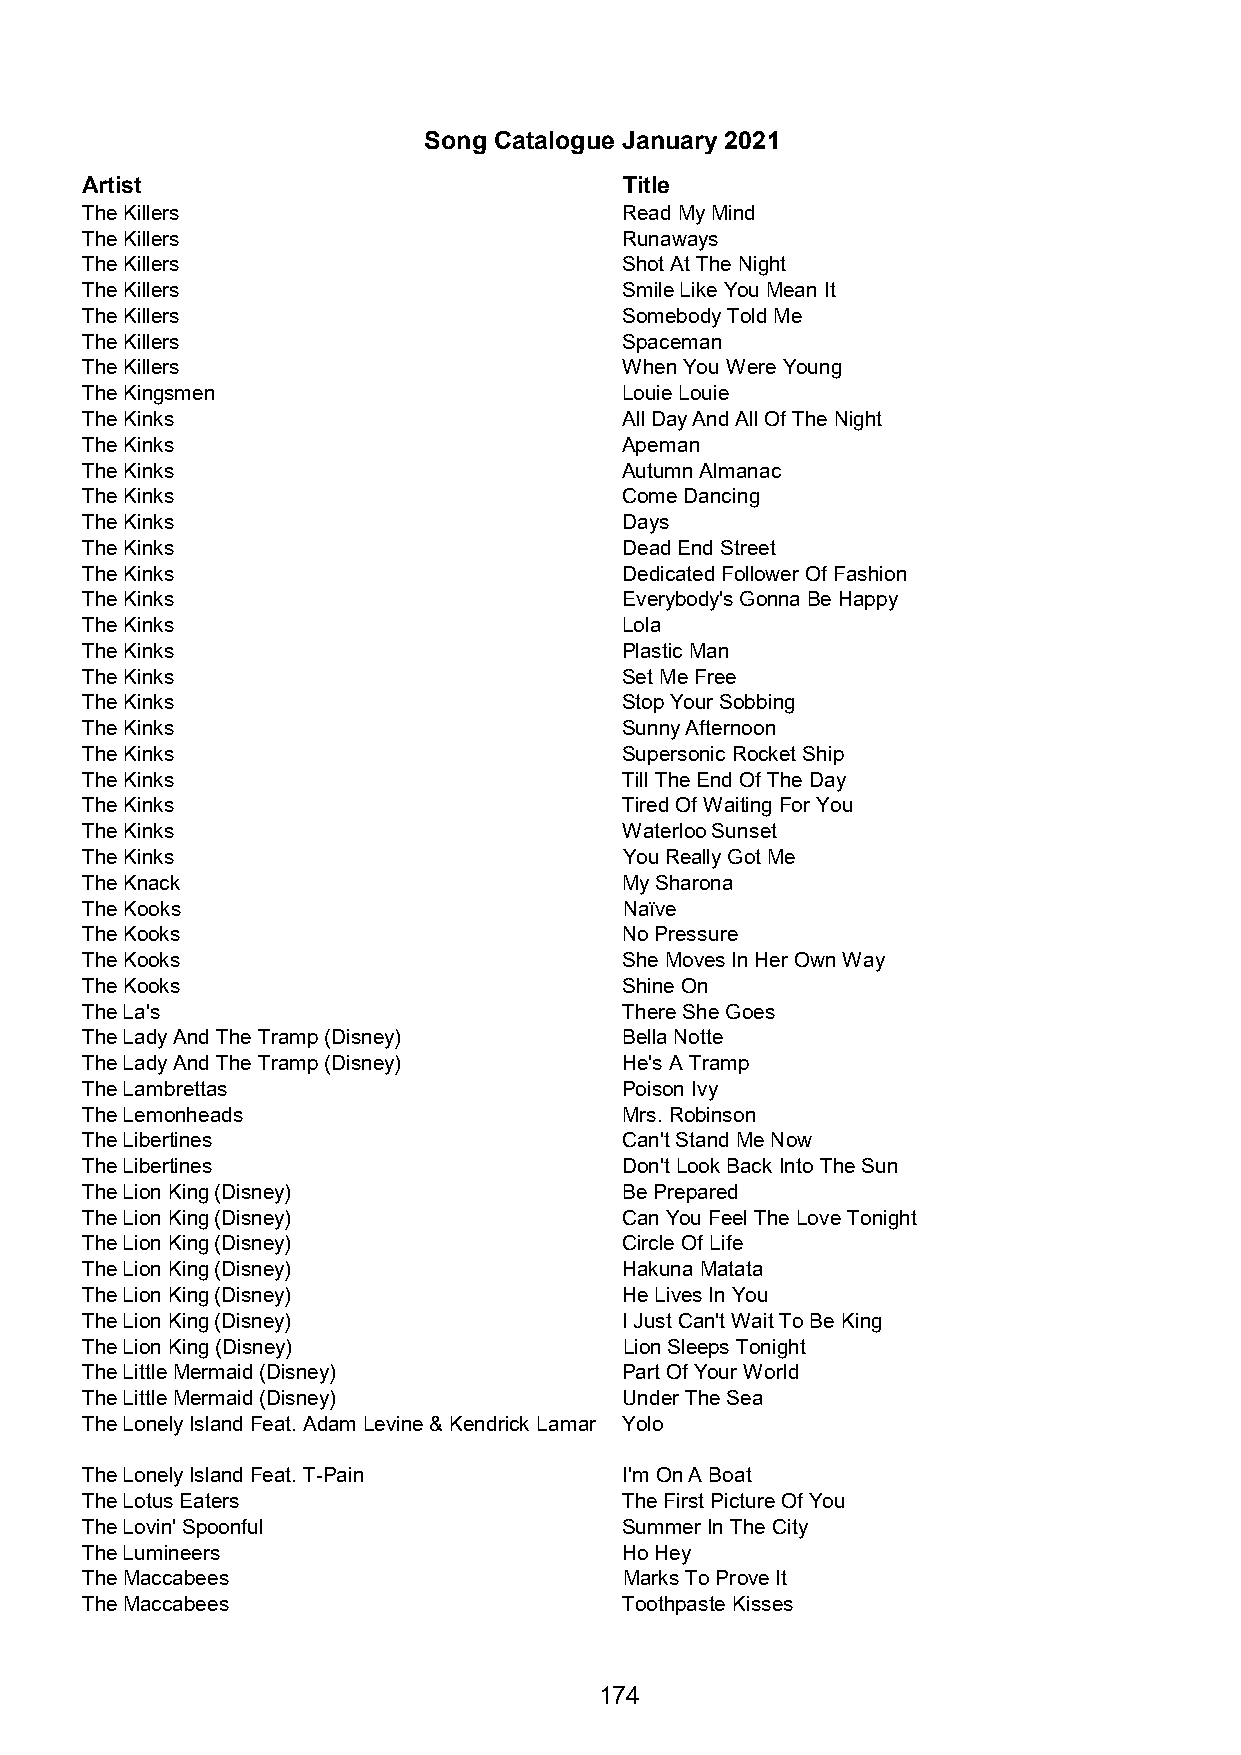
Song Catalogue January 2021
 Artist                              Title
 The Killers                         Read My Mind
 The Killers                         Runaways
 The Killers                         Shot At The Night
 The Killers                         Smile Like You Mean It
 The Killers                         Somebody Told Me
 The Killers                         Spaceman
 The Killers                         When You Were Young
 The Kingsmen                        Louie Louie
 The Kinks                           All Day And All Of The Night
 The Kinks                           Apeman
 The Kinks                           Autumn Almanac
 The Kinks                           Come Dancing
 The Kinks                           Days
 The Kinks                           Dead End Street
 The Kinks                           Dedicated Follower Of Fashion
 The Kinks                           Everybody's Gonna Be Happy
 The Kinks                           Lola
 The Kinks                           Plastic Man
 The Kinks                           Set Me Free
 The Kinks                           Stop Your Sobbing
 The Kinks                           Sunny Afternoon
 The Kinks                           Supersonic Rocket Ship
 The Kinks                           Till The End Of The Day
 The Kinks                           Tired Of Waiting For You
 The Kinks                           Waterloo Sunset
 The Kinks                           You Really Got Me
 The Knack                           My Sharona
 The Kooks                           Naïve
 The Kooks                           No Pressure
 The Kooks                           She Moves In Her Own Way
 The Kooks                           Shine On
 The La's                            There She Goes
 The Lady And The Tramp (Disney)     Bella Notte
 The Lady And The Tramp (Disney)     He's A Tramp
 The Lambrettas                      Poison Ivy
 The Lemonheads                      Mrs. Robinson
 The Libertines                      Can't Stand Me Now
 The Libertines                      Don't Look Back Into The Sun
 The Lion King (Disney)              Be Prepared
 The Lion King (Disney)              Can You Feel The Love Tonight
 The Lion King (Disney)              Circle Of Life
 The Lion King (Disney)              Hakuna Matata
 The Lion King (Disney)              He Lives In You
 The Lion King (Disney)              I Just Can't Wait To Be King
 The Lion King (Disney)              Lion Sleeps Tonight
 The Little Mermaid (Disney)         Part Of Your World
 The Little Mermaid (Disney)         Under The Sea
 The Lonely Island Feat. Adam Levine & Kendrick Lamar Yolo
 The Lonely Island Feat. T-Pain      I'm On A Boat
 The Lotus Eaters                    The First Picture Of You
 The Lovin' Spoonful                 Summer In The City
 The Lumineers                       Ho Hey
 The Maccabees                       Marks To Prove It
 The Maccabees                       Toothpaste Kisses
 174